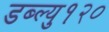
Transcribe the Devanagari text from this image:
डब्ल्यु१२०